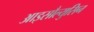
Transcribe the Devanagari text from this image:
आइसौल्युसिन